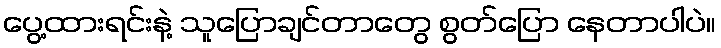
ပွေ့ထားရင်းနဲ့ သူပြောချင်တာတွေ စွတ်ပြော နေတာပါပဲ။